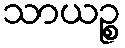
သာယဉ္စ